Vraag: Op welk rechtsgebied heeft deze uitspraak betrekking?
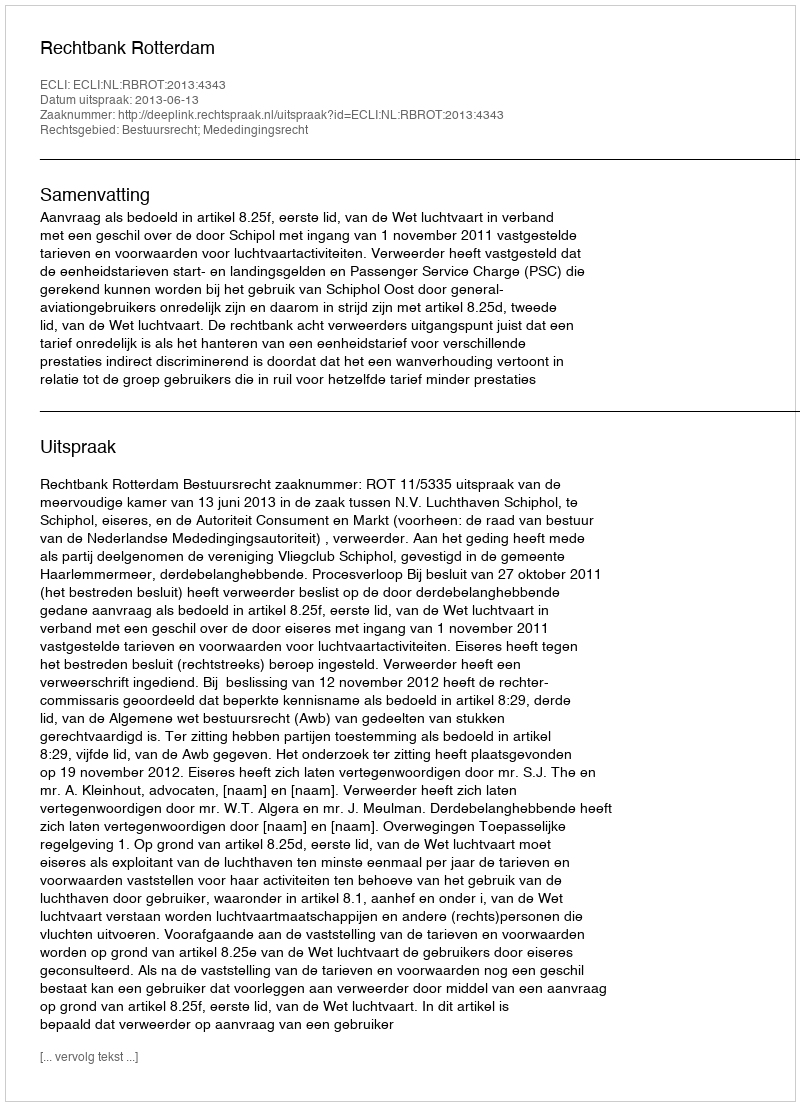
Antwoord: Bestuursrecht; Mededingingsrecht